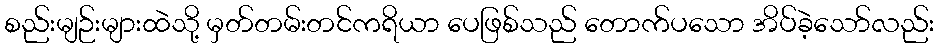
စည်းမျဉ်းများထဲသို့ မှတ်တမ်းတင်ကရိယာ ပေဖြစ်သည် တောက်ပသော အိပ်ခဲ့သော်လည်း